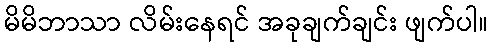
မိမိဘာသာ လိမ်းနေရင် အခုချက်ချင်း ဖျက်ပါ။